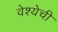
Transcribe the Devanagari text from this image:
वेश्येची